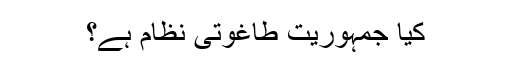
کیا جمہوریت طاغوتی نظام ہے؟